65_HS1-834228961_62-HQ-83894_Section_6
Agency: FBI
Page 131
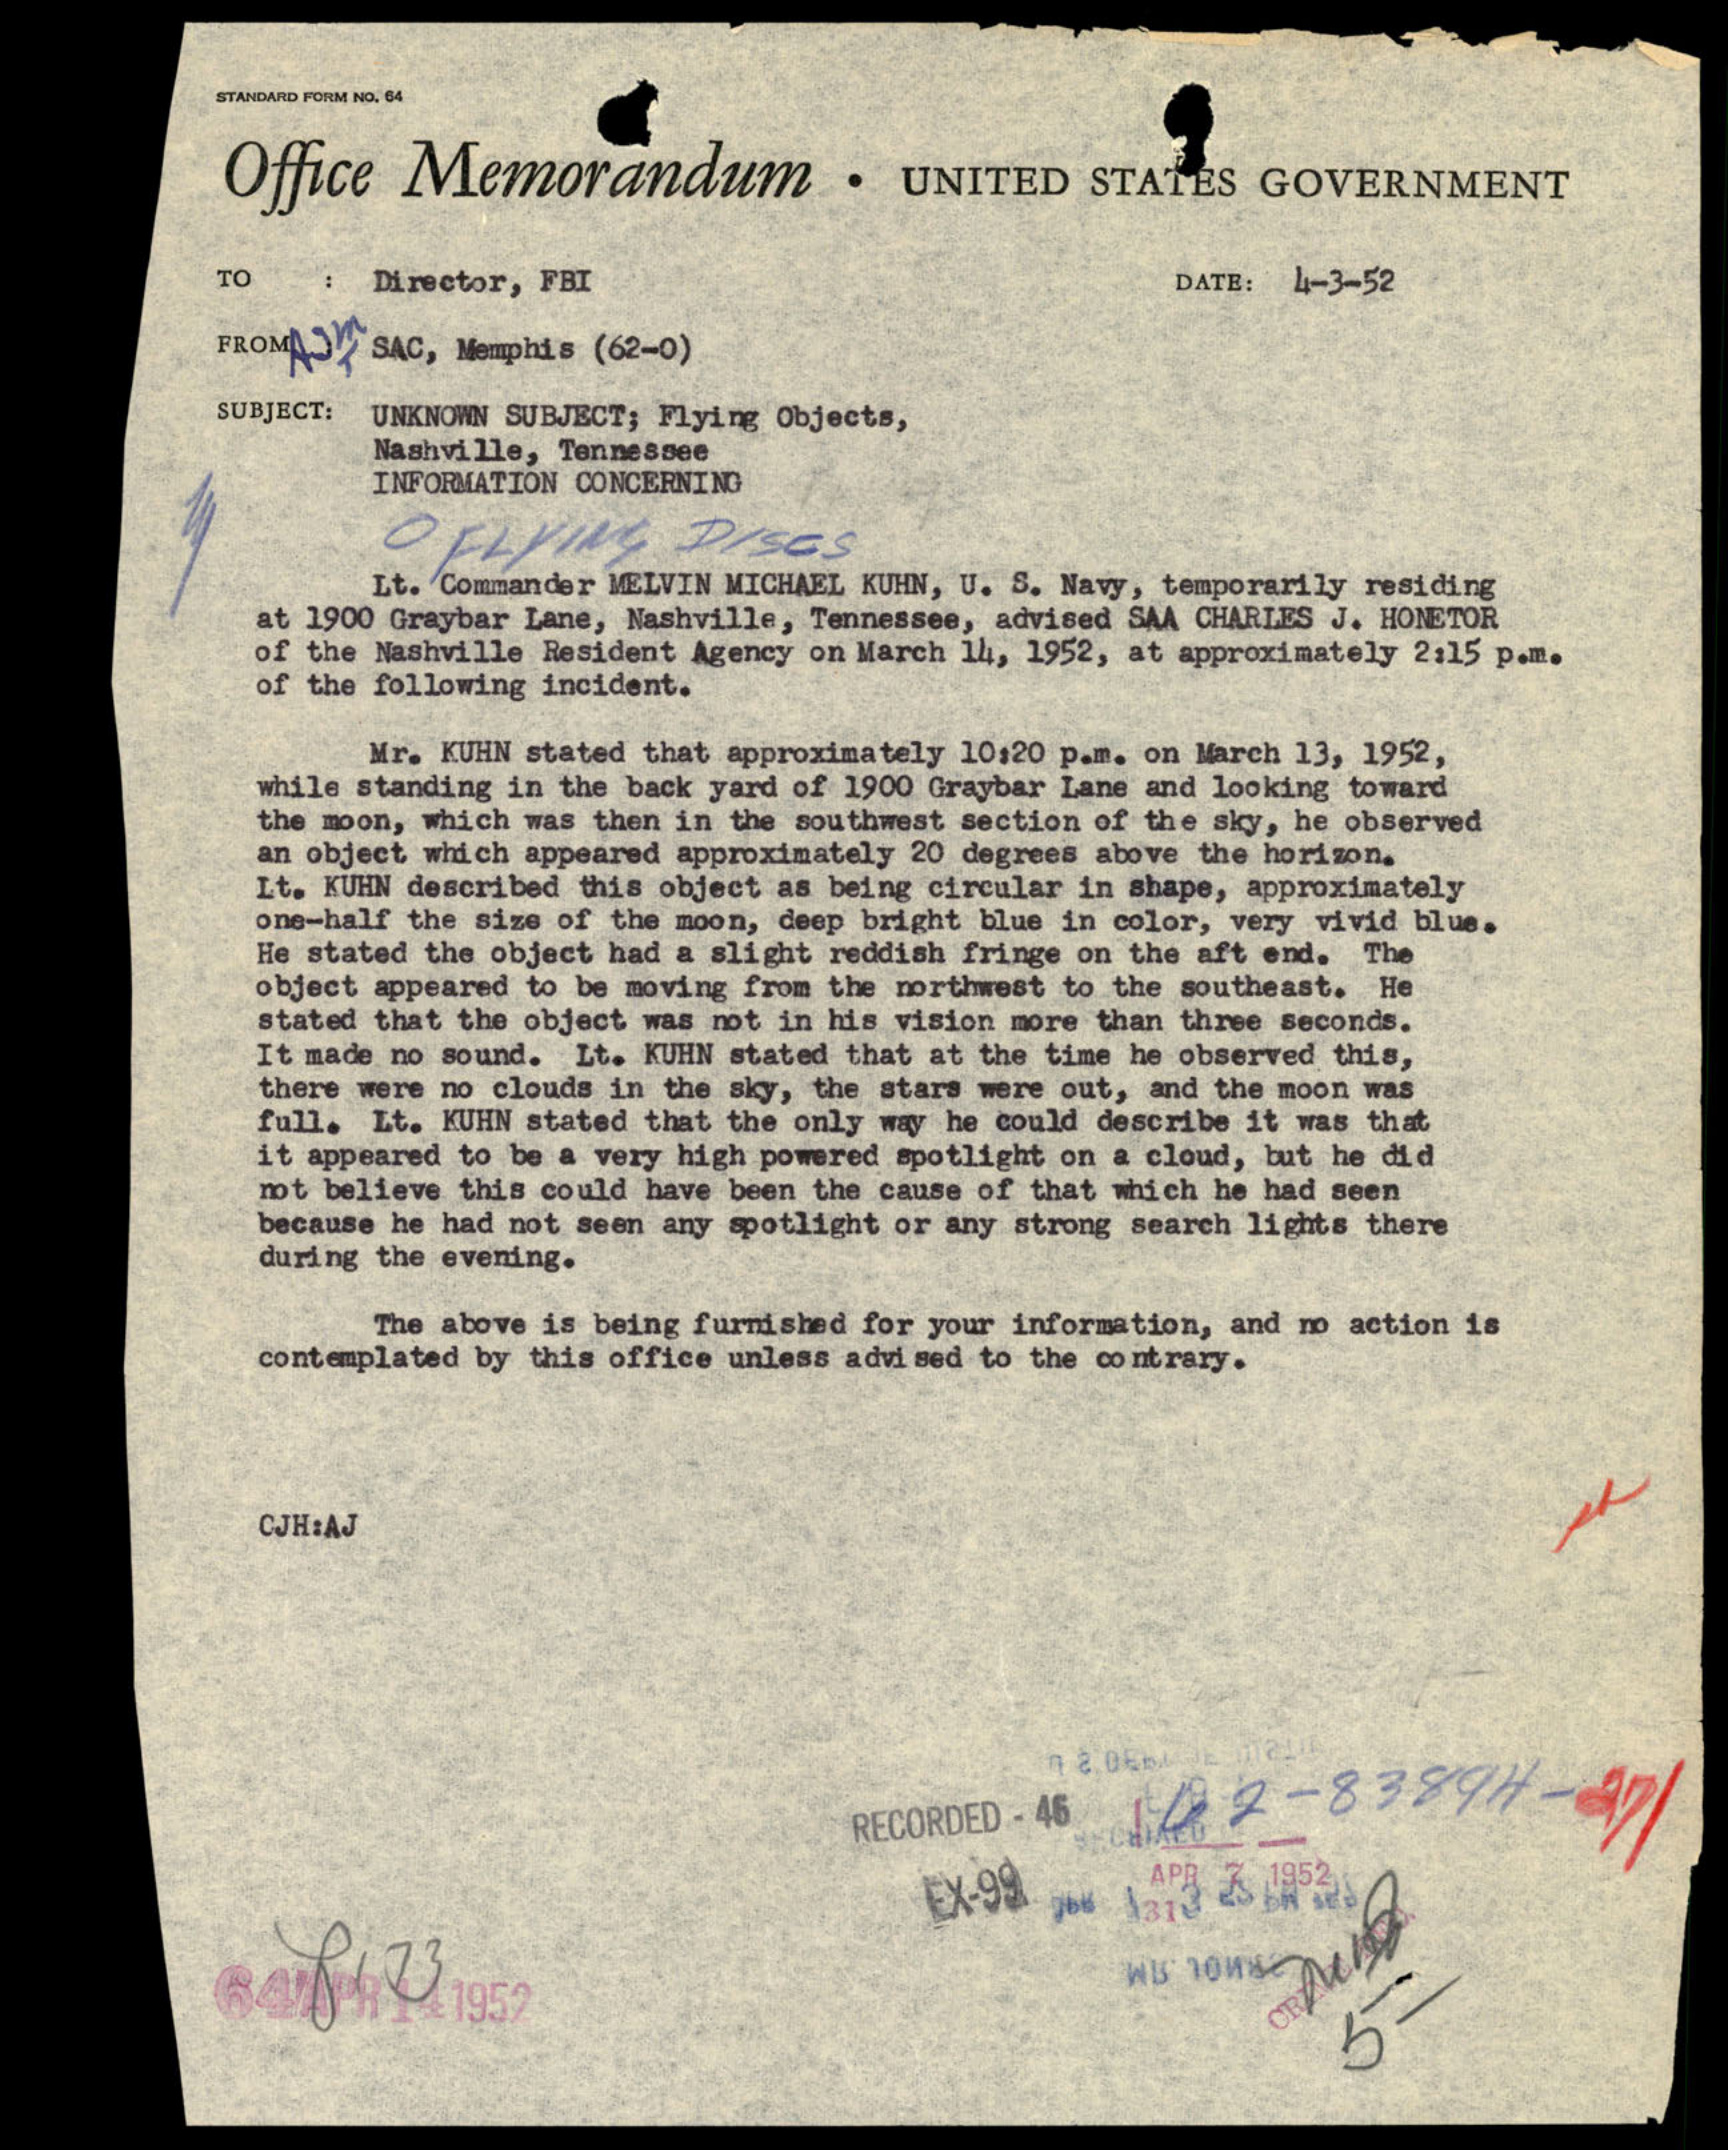